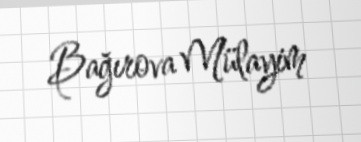
Bağırova Mülayim